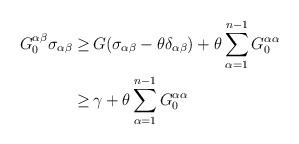
LaTeX: \begin{align*}\begin{aligned}G^{\alpha \beta}_0 \sigma_{\alpha \beta} \geq \,& G (\sigma_{\alpha \beta} - \theta \delta_{\alpha \beta}) + \theta \sum_{\alpha =1}^{n-1} G^{\alpha\alpha}_0\\ \geq \,& \gamma + \theta \sum_{\alpha =1}^{n-1} G^{\alpha\alpha}_0\end{aligned}\end{align*}